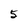
Character: 5